Annual administration report of the Civil Veterinary Department of India - 1906-1907
Year: 1906
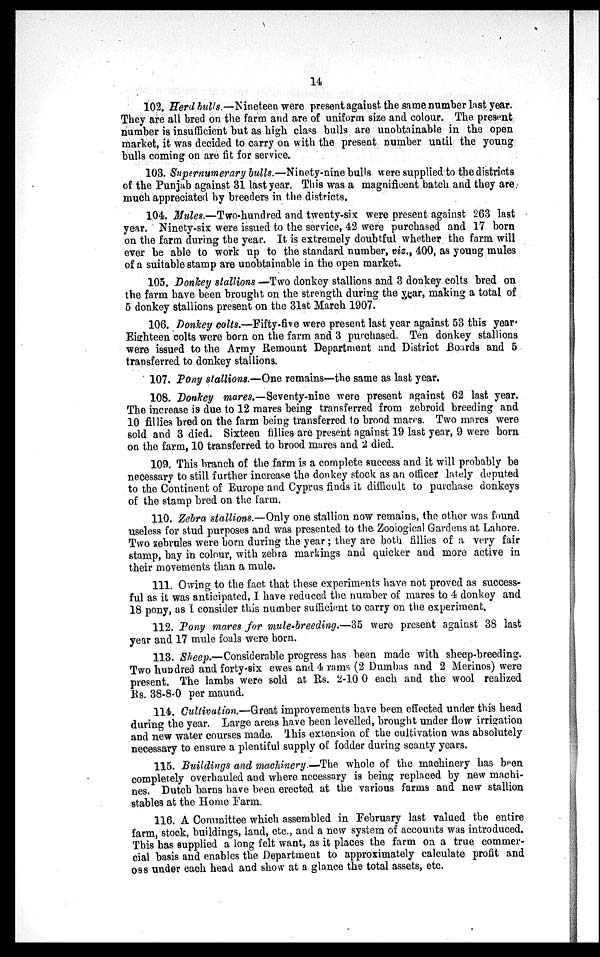
14
102. Herd bulls.—Nineteen were present against the same number last year.
They are all bred on the farm and are of uniform size and colour. The present
number is insufficient but as high class bulls are unobtainable in the open
market, it was decided to carry on with the present number until the young
bulls coming on are fit for service.
103. Supernumerary bulls.—Ninety-nine bulls were supplied to the districts
of the Punjab against 31 last year. This was a magnificent batch and they are
much appreciated by breeders in the districts.
104. Mules.—Two-hundred and twenty-six were present against 263 last
year. Ninety-six were issued to the service, 42 were purchased and 17 born
on the farm during the year. It is extremely doubtful whether the farm will
ever be able to work up to the standard number, viz., 400, as young mules
of a suitable stamp are unobtainable in the open market.
105. Donkey stallions —Two donkey stallions and 3 donkey colts bred on
the farm have been brought on the strength during the year, making a total of
5 donkey stallions present on the 31st March 1907.
106. Donkey colts.—Fifty-five were present last year against 53 this year
Eighteen colts were born on the farm and 3 purchased. Ten donkey stallions
were issued to the Army Remount Department and District Boards and 5
transferred to donkey stallions.
107. Pony stallions.—One remains—the same as last year.
108. Donkey mares.—Seventy-nine were present against 62 last year.
The increase is due to 12 mares being transferred from zebroid breeding and
10 fillies bred on the farm being transferred to brood mares. Two mares were
sold and 3 died. Sixteen fillies are present against 19 last year, 9 were born
on the farm, 10 transferred to brood mares and 2 died.
109. This branch of the farm is a complete success and it will probably be
necessary to still further increase the donkey stock as an officer lately deputed
to the Continent of Europe and Cyprus finds it difficult to purchase donkeys
of the stamp bred on the farm.
110. Zebra stallions.—Only one stallion now remains, the other was found
useless for stud purposes and was presented to the Zoological Gardens at Lahore.
Two zebrules were born during the year ; they are both fillies of a very fair
stamp, bay in colour, with zebra markings and quicker and more active in
their movements than a mule.
111. Owing to the fact that these experiments have not proved as success-
ful as it was anticipated, I have reduced the number of mares to 4 donkey and
18 pony, as I consider this number sufficient to carry on the experiment.
112. Pony mares for mule-breeding.—35 were present against 38 last
year and 17 mule foals were born.
113. Sheep.—Considerable progress has been made with sheep-breeding.
Two hundred and forty-six ewes and 4 rams (2 Dumbas and 2 Merinos) were
present. The lambs were sold at Rs. 2-10 0 each and the wool realized
Rs. 38-8-0 per maund.
114. Cultivation.—Great improvements have been effected under this head
during the year. Large areas have been levelled, brought under flow irrigation
and new water courses made. This extension of the cultivation was absolutely
necessary to ensure a plentiful supply of fodder during scanty years.
115. Buildings and machinery.—The whole of the machinery has been
completely overhauled and where necessary is being replaced by new machi-
nes. Dutch barns have been erected at the various farms and new stallion
stables at the Home Farm.
116. A Committee which assembled in February last valued the entire
farm, stock, buildings, land, etc., and a new system of accounts was introduced.
This has supplied a long felt want, as it places the farm on a true commer-
cial basis and enables the Department to approximately calculate profit and
oss under each head and show at a glance the total assets, etc.